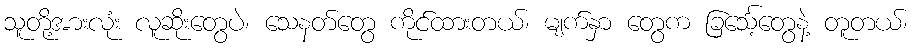
သူတို့အားလုံး လူဆိုးတွေပဲ၊ သေနတ်တွေ ကိုင်ထားတယ်၊ မျက်နှာ တွေက ခြင်္သေ့တွေနဲ့ တူတယ်၊